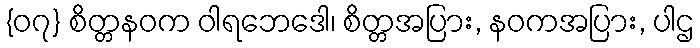
{၀၇} စိတ္တနဝက ဝါရဘေဒေါ၊ စိတ္တအပြား, နဝကအပြား, ပါဌ